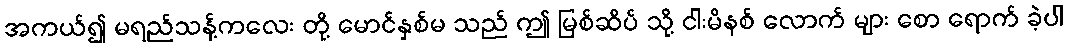
အကယ်၍ မရည်သန့်ကလေး တို့ မောင်နှစ်မ သည် ဤ မြစ်ဆိပ် သို့ ငါးမိနစ် လောက် များ စော ရောက် ခဲ့ပါ